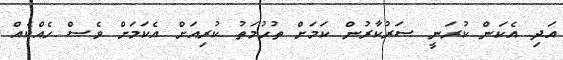
އަދި އެކަން ކުރަނީ ސަރުކާރުން ކަމަށް ތުހުމަތު ކުރިއަށް އެކަމަށް ވެސް ހެއްކެއް